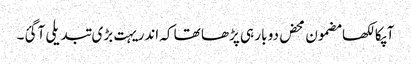
آپکا لکھا مضمون محض دو بار ہی پڑھا تھا کہ اندر یہت بڑی تبدیلی آ گئ۔